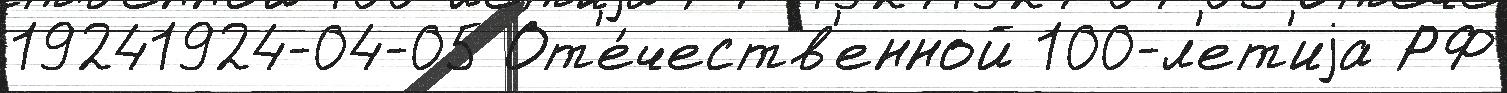
19241924-04-05 От'е́честв'енной 100-л'ет'иjа РФ